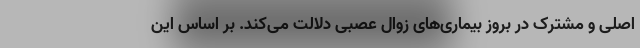
اصلی و مشترک در بروز بیماری‌های زوال عصبی دلالت می‌کند. بر اساس این